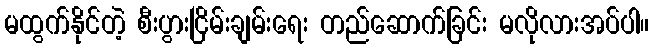
မထွက်နိုင်တဲ့ စီးပွားငြိမ်းချမ်းရေး တည်ဆောက်ခြင်း မလိုလားအပ်ပါ။